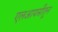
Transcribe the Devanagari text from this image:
एलआयसीतून